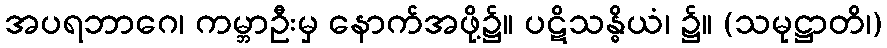
အပရဘာဂေ၊ ကမ္ဘာဦးမှ နောက်အဖို့၌။ ပဋိသန္ဓိယံ၊ ၌။ (သမုဋ္ဌာတိ၊)